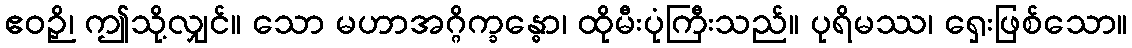
ဧဝဉှိ၊ ဤသို့လျှင်။ သော မဟာအဂ္ဂိက္ခန္ဓော၊ ထိုမီးပုံကြီးသည်။ ပုရိမဿ၊ ရှေးဖြစ်သော။